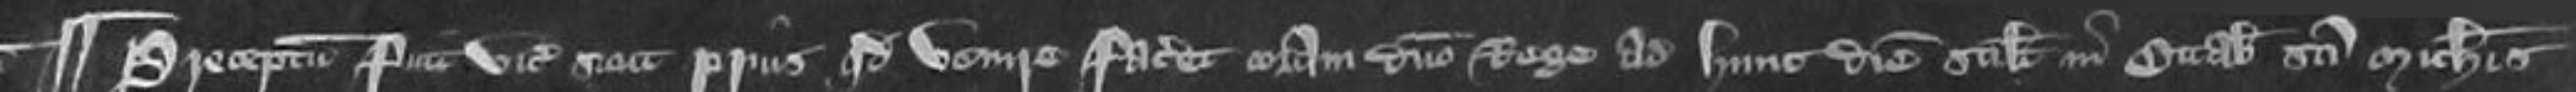
¶Preceptum fuit vicecomiti sicut prius quod venire faceret coram domino Rege ad hunc diem scilicet in Octabis Sancti Michaelis